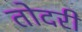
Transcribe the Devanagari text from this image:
तोदरी